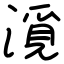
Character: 漞